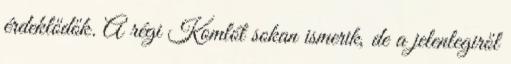
érdeklődők. A régi Komlót sokan ismerik, de a jelenlegiről